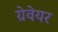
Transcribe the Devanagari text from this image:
ग्रेवेयर